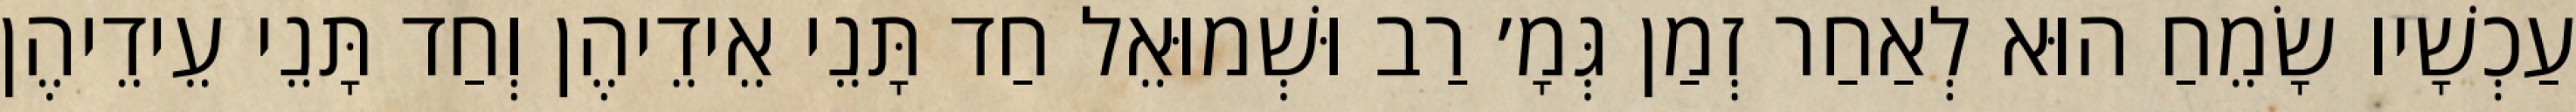
עַכְשָׁיו שָׂמֵחַ הוּא לְאַחַר זְמַן גְּמָ׳ רַב וּשְׁמוּאֵל חַד תָּנֵי אֵידֵיהֶן וְחַד תָּנֵי עֵידֵיהֶן